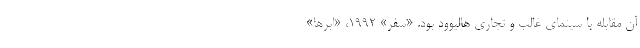
آن مقابله با سینمای غالب و تجاری هالیوود بود. «سفر» ۱۹۹۲، «ابرها»